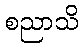
စညာသိ